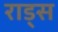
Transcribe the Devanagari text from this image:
राड्स